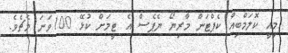
މިއީ ކޮލަމްބިއާ ކެޕްޓަން މާރިޔޯ ޔެޕެސް އެ ޓީމަށް ކުޅޭ 100ވަނަ މެޗެވެ.